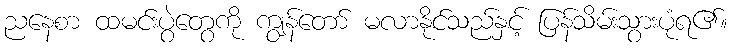
ညနေစာ ထမင်းပွဲတွေကို ကျွန်တော် မလာနိုင်သည်နှင့် ပြန်သိမ်းသွားပုံရ၏။